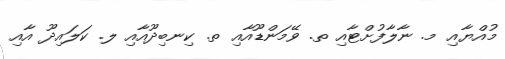
މުއްޔާއި މ. ނާލާފުށްޓާއި ތ. ވޭމަންޑޫއާއި ތ. ކިނބިދޫއާއި ލ. ކަލައިދޫ އާއި